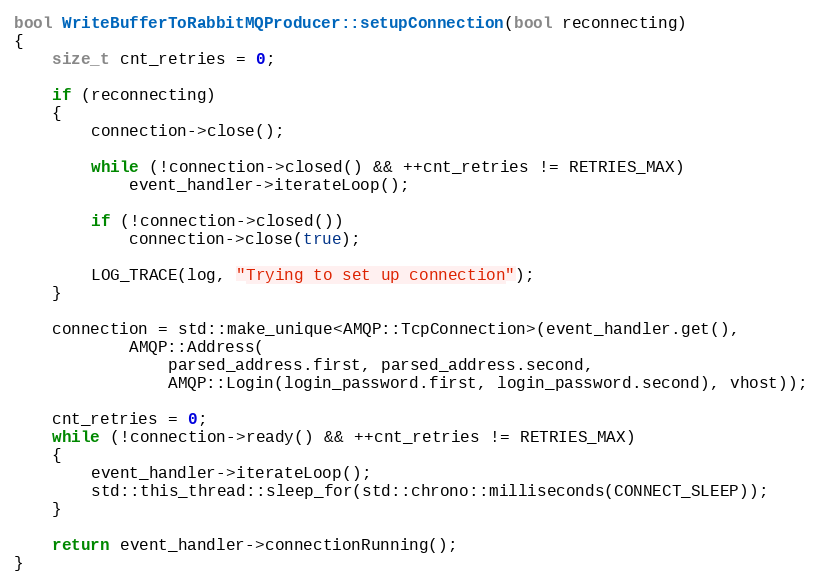
Language: C++
bool WriteBufferToRabbitMQProducer::setupConnection(bool reconnecting)
{
    size_t cnt_retries = 0;

    if (reconnecting)
    {
        connection->close();

        while (!connection->closed() && ++cnt_retries != RETRIES_MAX)
            event_handler->iterateLoop();

        if (!connection->closed())
            connection->close(true);

        LOG_TRACE(log, "Trying to set up connection");
    }

    connection = std::make_unique<AMQP::TcpConnection>(event_handler.get(),
            AMQP::Address(
                parsed_address.first, parsed_address.second,
                AMQP::Login(login_password.first, login_password.second), vhost));

    cnt_retries = 0;
    while (!connection->ready() && ++cnt_retries != RETRIES_MAX)
    {
        event_handler->iterateLoop();
        std::this_thread::sleep_for(std::chrono::milliseconds(CONNECT_SLEEP));
    }

    return event_handler->connectionRunning();
}